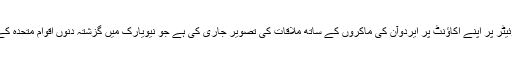
ترکی کے ایوانِ صدارت نے بھی ٹوئیٹر پر اپنے اکاؤنٹ پر ایردوآن کی ماکروں کے ساتھ ملاقات کی تصویر جاری کی ہے جو نیویارک میں گزشتہ دنوں اقوام متحدہ کے 72ویں اجلاس کے موقع پر ہوئی۔